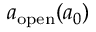
a _ { \mathrm { o p e n } } ( a _ { 0 } )